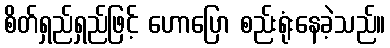
စိတ်ရှည်ရှည်ဖြင့် ဟောပြော စည်းရုံးနေခဲ့သည်။